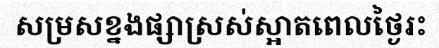
សម្រសខ្នងផ្សាស្រស់ស្អាតពេលថ្ងៃរះ